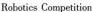
Robotics Competition